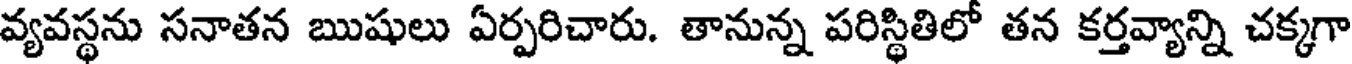
వ్యవస్థను సనాతన ఋషులు ఏర్పరిచారు. తానున్న పరిస్థితిలో తన కర్తవ్యాన్ని చక్కగా